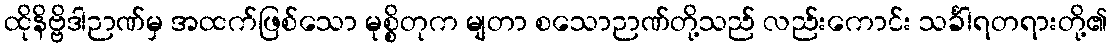
ထိုနိဗ္ဗိဒါဉာဏ်မှ အထက်ဖြစ်သော မုစ္စိတုက မျတာ စသောဉာဏ်တို့သည် လည်းကောင်း သင်္ခါရတရားတို့၏